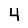
Digit: 4